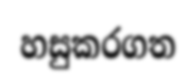
හසුකරගත